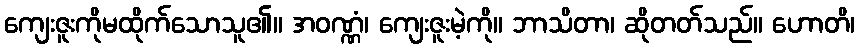
ကျေးဇူးကိုမထိုက်သောသူ၏။ အဝဏ္ဏံ၊ ကျေးဇူးမဲ့ကို။ ဘာသိတာ၊ ဆိုတတ်သည်။ ဟောတိ၊